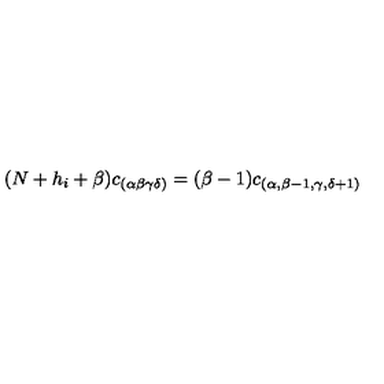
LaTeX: ( N + h _ { i } + \beta ) c _ { ( \alpha \beta \gamma \delta ) } = ( \beta - 1 ) c _ { ( \alpha , \beta - 1 , \gamma , \delta + 1 ) }